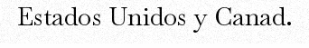
Estados Unidos y Canad.